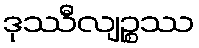
ဒုဿီလျဉ္စဿ